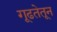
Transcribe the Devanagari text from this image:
गूढतेतून